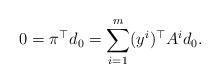
LaTeX: \begin{align*}0=\pi^{\top}d_0 = \sum_{i=1}^m (y^i)^{\top}A^id_0.\end{align*}